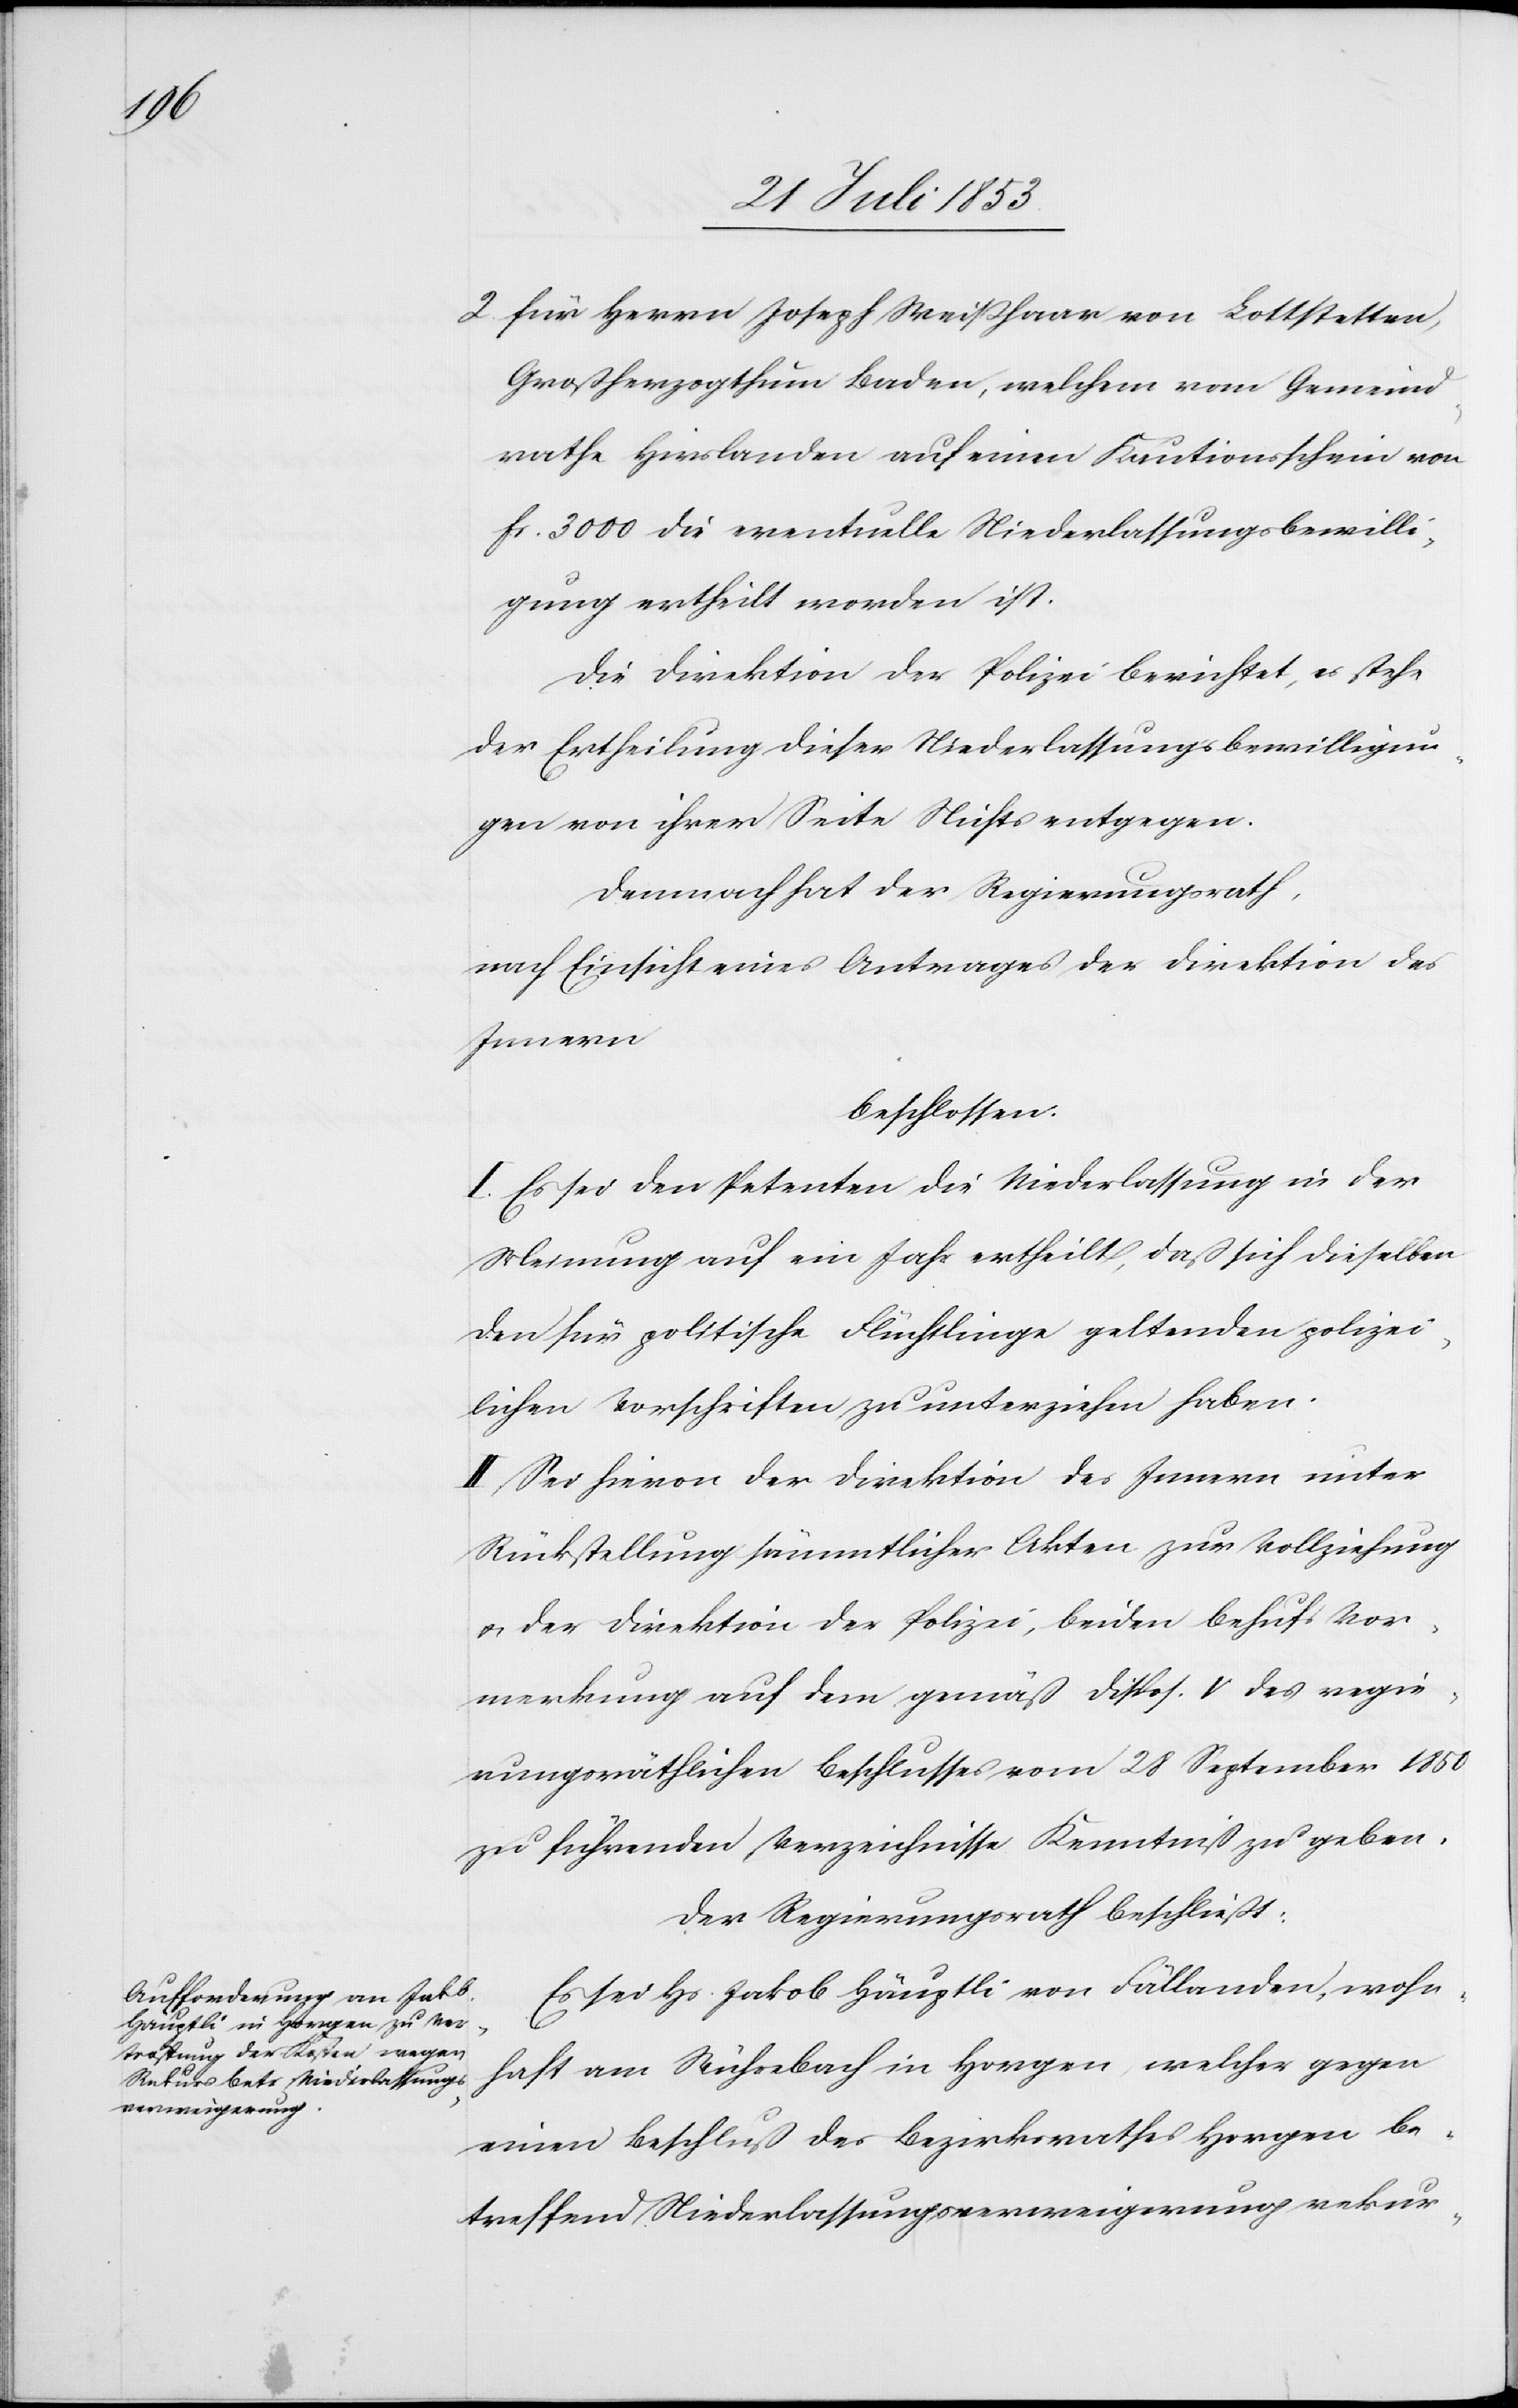
2, für Herrn Joseph Weißhaar von Lottstetten,
Großherzogthum Baden, welchem vom Gemeind¬
rathe Hirslanden auf einen Kautionsschein von
fr. 3000 die eventuelle Niederlassungsbewilli¬
gung ertheilt worden ist.
Die Direktion der Polizei berichtet, es stehe
der Ertheilung dieser Niederlaßungsbewilligun¬
gen von ihrer Seite Nichts entgegen.
Demnach hat der Regierungsrath,
nach Einsicht eines Antrages der Direktion des
Innern,
beschlossen:
I. Es sei den Petenten die Niederlassung in der
Meinung auf ein Jahr ertheilt, daß sich dieselben
den für politische Flüchtlinge geltenden polizei¬
lichen Vorschriften zu unterziehen haben.
II. Sei hievon der Direktion des Innern unter
Rückstellung sämmtlicher Akten zur Vollziehung
u. der Direktion der Polizei, beiden behufs Vor¬
merkung auf dem gemäß Disp. V des regie¬
rungsräthlichen Beschlusses vom 28 September 1850
zu führenden Verzeichnisse Kenntniß zu geben.
Der Regierungsrath beschließt:
Es sei Hs. Jakob Häuptli von Fällanden, wohn¬
haft am Wührebach in Horgen, welcher gegen
einen Beschluß des Bezirksrathes Horgen be¬
treffend Niederlassungsverweigerung rekur-